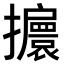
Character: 𢹞